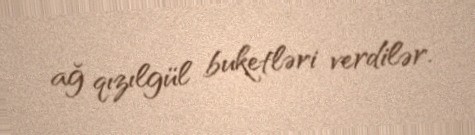
ağ qızılgül buketləri verdilər.